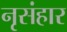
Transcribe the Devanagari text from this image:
नृसंहार